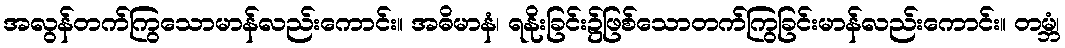
အလွန်တက်ကြွသောမာန်လည်းကောင်း။ အဓိမာနံ၊ ရနိုးခြင်း၌ဖြစ်သောတက်ကြွခြင်းမာန်လည်းကောင်း။ တမ္ဘံ၊